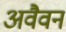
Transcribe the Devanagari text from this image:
अवैवन